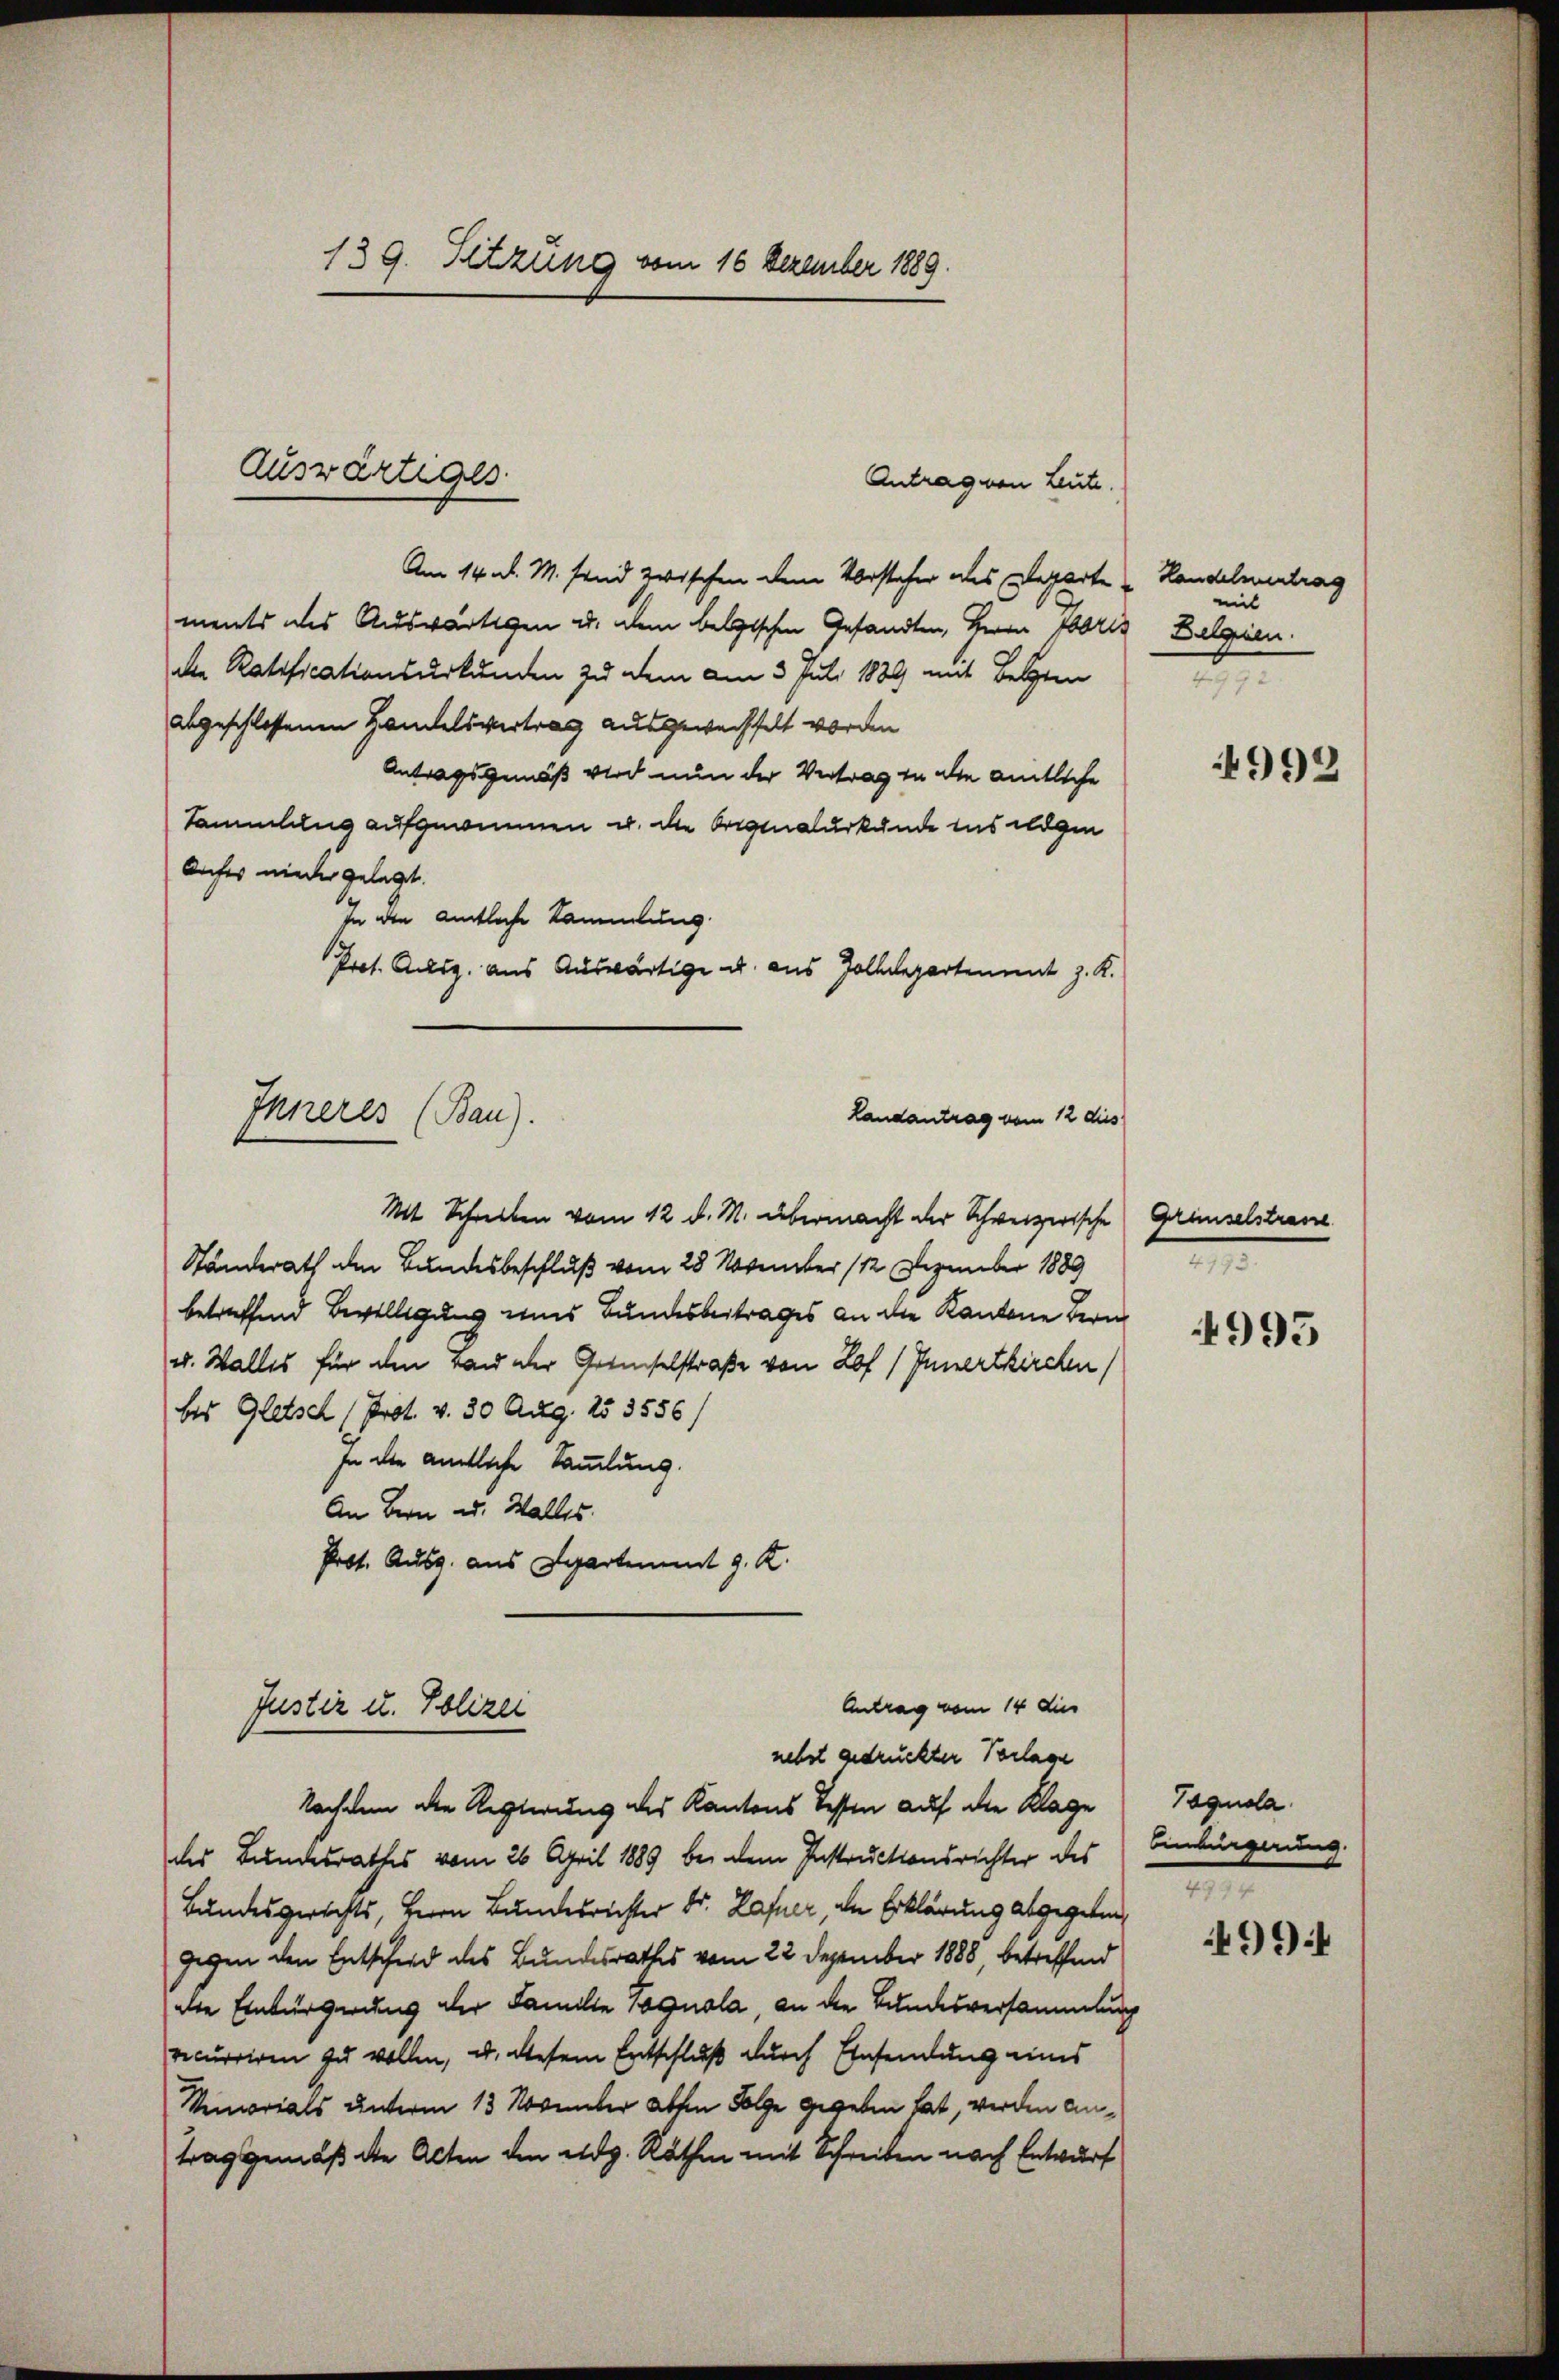
139. Sitzung vom 16 Dezember 1889.

Am 14. d. M. fand zwischen dem Vorsteher des Elegarte " Handelvertrag
ments des Auswärtigen u. dem belgischen Gesandten, Herrn Fabrik Belgien.
die Ratificationsurkunden zu dem am 3. Juli 1889 mit Belgren
abgeschlossenen Handelsvertrag ausgewechselt worden
Antragsgemäß wird nun der Vertrag zu die amtliche
Sammlung aufgewinnen u. die Originalurkunde das wegen
Aufer nieder gelegt.
In den amtliche Sammlung
Prot. Alig, aus Auswärtige u. aus Zolldepartement z. K.
Mt Schreiben vom 12. d. M. übermacht der Schweizerische
Ständerath den Bundesbeschluß vom 28 November 112 Dezember 1889
betreffend Bewilligung eins Bundesbeitrages an die Kantone Bern
u. Wallis für den Band der Gesuchelstraße von Lof / Innertkirchen
bes Gletsch (Prot. v. 30 Aug. 153556)
In die amtliche Sammlung.
An Bern u. Walles.
Prot. Ausg. aus Departement 9. K.
Antrag vom 14 die
Justiz u. Polizei
nebst gedruckter Verlage
Nachdem die Regierung des Kantons dessen auf die Klage
des Bundesrathes vom 26. April 1889 bei dem Instructionsrichter des Einbürgerung.
Bundesgerichts, Herrn Bundesrichter Dr. Hafner, die Erklärung abgegeben,
gegen den Entschied des Bundesrathes vom 22. Dezember 1888, betreffend
alle Einbürgerung der Familie Tagnola, an die Bundesversammlung
recurriren zu wollen, u. diesem Entschluß durch Einsendung eines
Vemorials unterm 13 November absen Folge gegeben hat, werden Antrag gemäß die Alten den eidg. Räthen mit Schreiben nach Entwurf

Auswärtiges

Inneres (Bau).

Antrag von Leute.

Landantrag vom 12 dies

mit
x

4992

Gründelstrasse
.

4995

Tagnola.
e

499